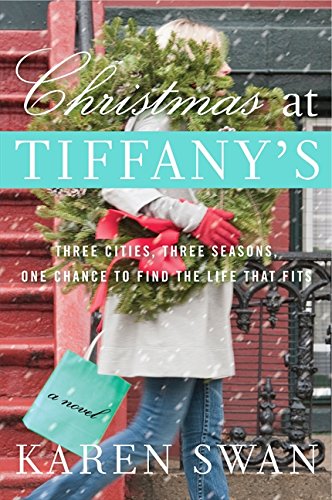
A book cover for Christmas at Tiffany's: A Novel; Karen Swan; Literature & Fiction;